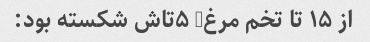
از ۱۵ تا تخم مرغ, ۵تاش شکسته بود: